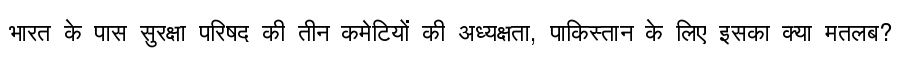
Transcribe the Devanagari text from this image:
भारत के पास सुरक्षा परिषद की तीन कमेटियों की अध्यक्षता, पाकिस्तान के लिए इसका क्या मतलब?